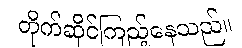
တိုက်ဆိုင်ကြည့်နေသည်။